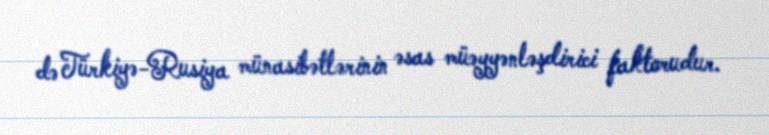
də Türkiyə-Rusiya münasibətlərinin əsas müəyyənləşdirici faktorudur.